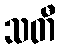
သတီ